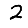
Digit: 2